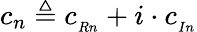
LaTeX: c_{n}\triangleq c_{_{Rn}}+i\cdot c_{_{In}}